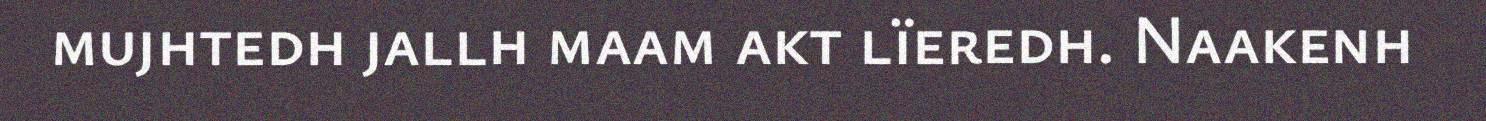
mujhtedh jallh maam akt lïeredh. Naakenh